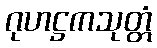
ဂုဟဋ္ဌကသုတ္တံ